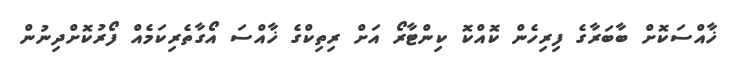
ޚާއްސަކޮށް ބާބަރާގެ ފިރިހެން ކޮއްކޮ ކިންޓާރޯ އަށް ރިތިކްގެ ޚާއްސަ އޯގާތެރިކަމެއް ފޯރުކޮށްދިނުން